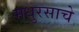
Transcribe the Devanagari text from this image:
मधुरसाचे